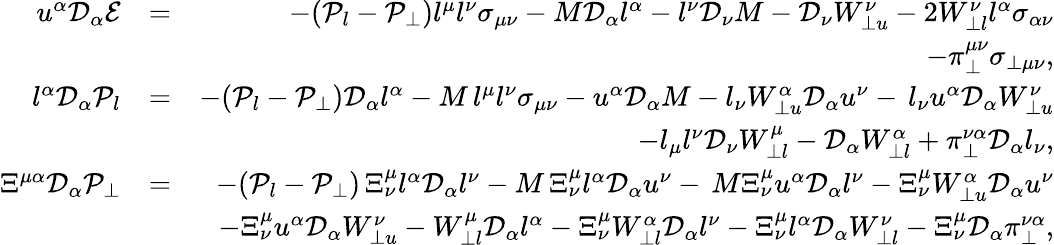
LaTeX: \begin{array}{rlr}{u^{\alpha}\mathcal{D}_{\alpha}\mathcal{E}}&{=}&{-(\mathcal{P}_{l}-\mathcal{P}_{\perp})l^{\mu}l^{\nu}\sigma_{\mu\nu}-M\mathcal{D}_{\alpha}l^{\alpha}-l^{\nu}\mathcal{D}_{\nu}M-\mathcal{D}_{\nu}W_{\perp u}^{\nu}-2W_{\perp l}^{\nu}l^{\alpha}\sigma_{\alpha\nu}}\\ &{}&{-\pi_{\perp}^{\mu\nu}\sigma_{\perp\mu\nu},}\\ {l^{\alpha}\mathcal{D}_{\alpha}\mathcal{P}_{l}}&{=}&{-(\mathcal{P}_{l}-\mathcal{P}_{\perp})\mathcal{D}_{\alpha}l^{\alpha}-M\, l^{\mu}l^{\nu}\sigma_{\mu\nu}-u^{\alpha}\mathcal{D}_{\alpha}M-l_{\nu}W_{\perp u}^{\alpha}\mathcal{D}_{\alpha}u^{\nu}-\, l_{\nu}u^{\alpha}\mathcal{D}_{\alpha}W_{\perp u}^{\nu}}\\ &{}&{-l_{\mu}l^{\nu}\mathcal{D}_{\nu}W_{\perp l}^{\mu}-\mathcal{D}_{\alpha}W_{\perp l}^{\alpha}+\pi_{\perp}^{\nu\alpha}\mathcal{D}_{\alpha}l_{\nu},}\\ {\Xi^{\mu\alpha}\mathcal{D}_{\alpha}\mathcal{P_{\perp}}}&{=}&{-(\mathcal{P}_{l}-\mathcal{P}_{\perp})\, \Xi_{\nu}^{\mu}l^{\alpha}\mathcal{D}_{\alpha}l^{\nu}-M\, \Xi_{\nu}^{\mu}l^{\alpha}\mathcal{D}_{\alpha}u^{\nu}-\, M\Xi_{\nu}^{\mu}u^{\alpha}\mathcal{D}_{\alpha}l^{\nu}-\Xi_{\nu}^{\mu}W_{\perp u}^{\alpha}\mathcal{D}_{\alpha}u^{\nu}}\\ &{}&{-\Xi_{\nu}^{\mu}u^{\alpha}\mathcal{D}_{\alpha}W_{\perp u}^{\nu}-W_{\perp l}^{\mu}\mathcal{D}_{\alpha}l^{\alpha}-\Xi_{\nu}^{\mu}W_{\perp l}^{\alpha}\mathcal{D}_{\alpha}l^{\nu}-\Xi_{\nu}^{\mu}l^{\alpha}\mathcal{D}_{\alpha}W_{\perp l}^{\nu}-\Xi_{\nu}^{\mu}\mathcal{D}_{\alpha}\pi_{\perp}^{\nu\alpha},}\end{array}